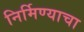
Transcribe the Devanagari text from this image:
निर्मिण्याचा